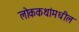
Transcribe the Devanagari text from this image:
लोककथांमधील